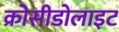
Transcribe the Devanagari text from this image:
क्रोसीडोलाइट